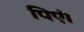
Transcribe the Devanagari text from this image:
पिएं।